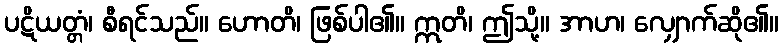
ပဋိယတ္တံ၊ စီရင်သည်။ ဟောတိ၊ ဖြစ်ပါ၏။ ဣတိ၊ ဤသို့။ အာဟ၊ လျှောက်ဆို၏။